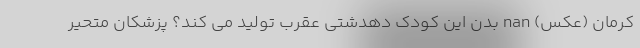
کرمان (عکس) nan بدن این کودک دهدشتی عقرب تولید می کند؟ پزشکان متحیر